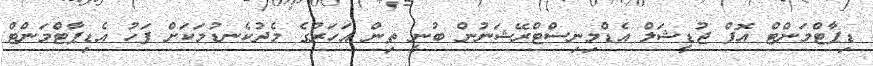
ޑިޕާޓްމަންޓް އޮފް ޖުޑީޝަލް އެޑްމިނިސްޓްރޭޝަނުން ބުނީ ތިން އަހަރުގެ މެދުކެނޑުމަކަށް ފަހު އެޑިޕާޓްމަންޓް